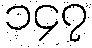
၁၄၇